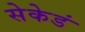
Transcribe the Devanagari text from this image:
सेकेडं